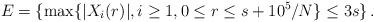
LaTeX: \begin{align*}E=\{\max\{ |X_i(r)|, i \ge 1, 0 \le r \le s+10^5/N\} \le 3s\}\, .\end{align*}